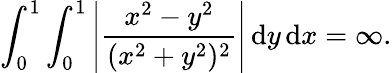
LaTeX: \int_{0}^{1}\int_{0}^{1}\left|{\frac{x^{2}-y^{2}}{(x^{2}+y^{2})^{2}}}\right|\, {\mathrm{d}}y\, {\mathrm{d}}x=\infty.